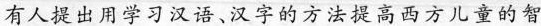
有人提出用学习汉语汉字的方法提高西方儿童的智